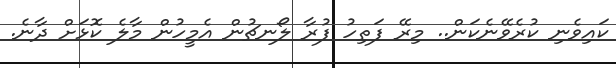
ކައިވެނި ކުރެވޭނެކަން.. މިރޭ ފަތިހު ފުރާ ލޯނޗުން އެމީހުން މާލެ ކޮޅަށް ދާނެ.